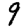
Digit: 9